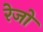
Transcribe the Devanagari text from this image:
रेजो